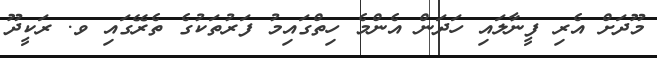
މޫދަށް އެރި ފީނާލައި ހަދަން އެންމެ ހިތްގައިމު ފަރުތަކުގެ ތެރޭގައި ވ. ރަކީދޫ